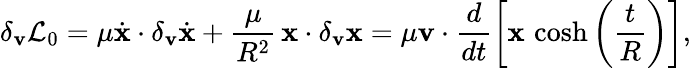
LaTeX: \delta_{\mathbf v}{\cal L}_{0}=\mu\dot{\mathbf x}\cdot\delta_{\mathbf v}\dot{\mathbf x}+\frac{\mu}{R^{2}}\, {\mathbf x}\cdot\delta_{\mathbf v}{\mathbf x}=\mu{\mathbf v}\cdot\frac{d}{dt}\left[{\mathbf x}\, \cosh\left(\frac{t}{R}\right)\right],